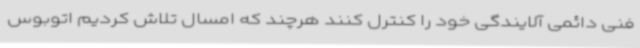
فنی دائمی آلایندگی خود را کنترل کنند هرچند که امسال تلاش کردیم اتوبوس